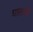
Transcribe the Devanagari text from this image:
घालावीं